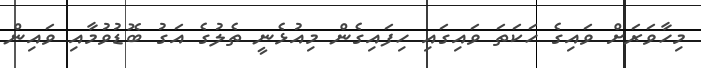
މިހާވަރަށް ވައިގެ ހަކަތަ ވައިގައި ހިފައިގެން މިއުޅެނީ ތެލުގެ އަގު ބޮޑުވުމާއި ވައިން